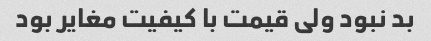
بد نبود ولی قیمت با کیفیت مغایر بود